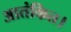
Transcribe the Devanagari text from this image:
आतंकित।